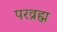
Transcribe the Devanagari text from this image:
परव्रह्म